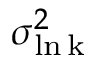
\sigma _ { \mathrm { \ln k } } ^ { 2 }